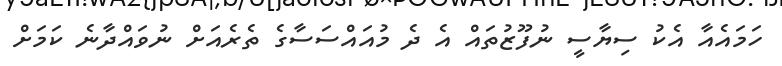
ހަމައެއާ އެކު ސިޔާސީ ނުފޫޒުތައް އެ ދެ މުއައްސަސާގެ ތެރެއަށް ނުވައްދާނެ ކަމަށް